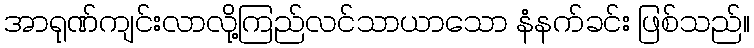
အာရုဏ်ကျင်းလာလို့ကြည်လင်သာယာသော နံနက်ခင်း ဖြစ်သည်။